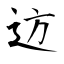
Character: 䢍